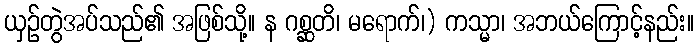
ယှဉ်တွဲအပ်သည်၏ အဖြစ်သို့။ န ဂစ္ဆတိ၊ မရောက်၊) ကသ္မာ၊ အဘယ်ကြောင့်နည်း။